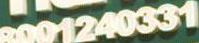
2001240331